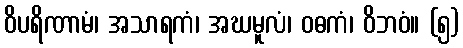
ဝိပရိဏာမံ၊ အသာရကံ၊ အဃမူလံ၊ ဝဓကံ၊ ဝိဘဝံ။ (၅)